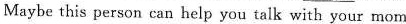
Maybe this person can help you talk with your mom